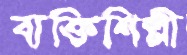
ব্যক্তিশিল্পী